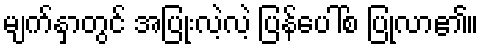
မျက်နှာတွင် အပြုံးလဲ့လဲ့ ပြန်ပေါ်စ ပြုလာ၏။